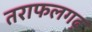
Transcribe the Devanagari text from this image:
तराफलगढ़